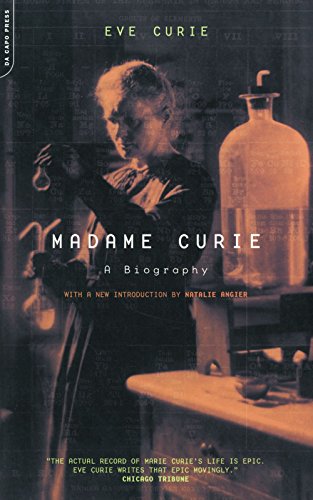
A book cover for Madame Curie: A Biography; Eve Curie; Biographies & Memoirs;